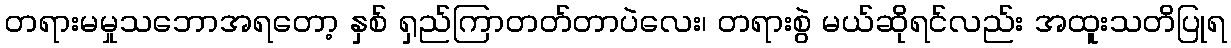
တရားမမှုသဘောအရတော့ နှစ် ရှည်ကြာတတ်တာပဲလေး၊ တရားစွဲ မယ်ဆိုရင်လည်း အထူးသတိပြုရ